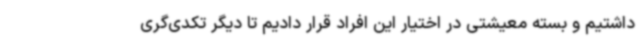
داشتیم و بسته معیشتی در اختیار این افراد قرار دادیم تا دیگر تکدی‌گری